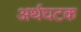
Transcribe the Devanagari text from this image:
अर्थघटक